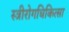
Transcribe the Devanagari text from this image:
स्त्रीरोगचिकित्सा